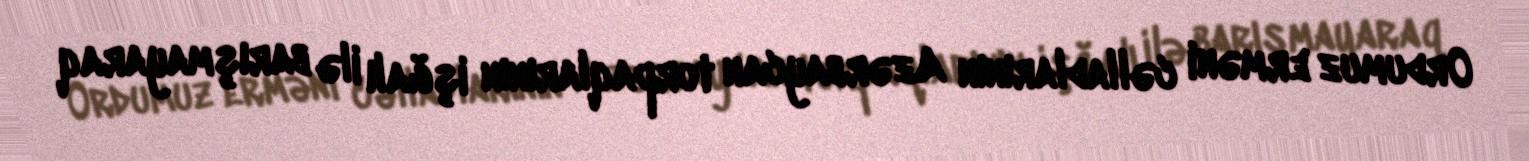
Ordumuz erməni cəlladlarının Azərbaycan torpaqlarının işğalı ilə barışmayaraq